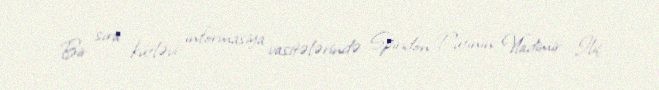
Bir sıra kütləvi informasiya vasitələrində Spiridon Putinin Vladimir İliç